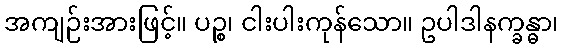
အကျဉ်းအားဖြင့်။ ပဉ္စ၊ ငါးပါးကုန်သော။ ဥပါဒါနက္ခန္ဓာ၊